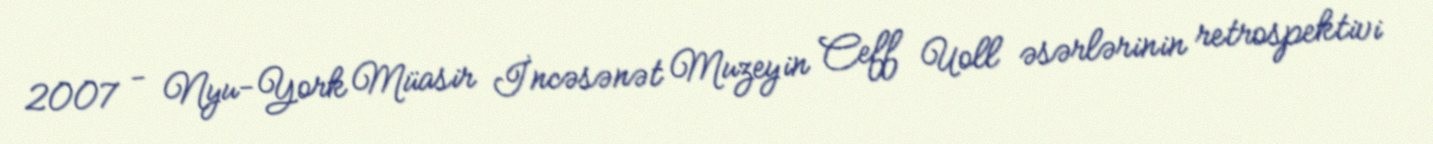
2007 - Nyu-York Müasir İncəsənət Muzeyin Ceff Uoll əsərlərinin retrospektivi